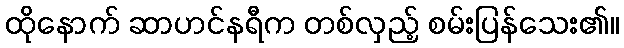
ထိုနောက် ဆာဟင်နရီက တစ်လှည့် စမ်းပြန်သေး၏။